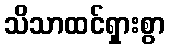
သိသာထင်ရှားစွာ